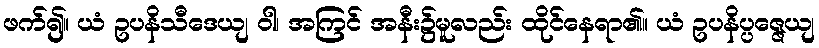
ဖက်၍။ ယံ ဥပနိသီဒေယျ ဝါ၊ အကြင် အနီး၌မူလည်း ထိုင်နေရာ၏။ ယံ ဥပနိပ္ပဇ္ဇေယျ